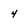
Character: 4